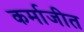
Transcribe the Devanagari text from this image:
कर्माजीत